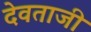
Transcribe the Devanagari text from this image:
देवताजी